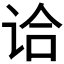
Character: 𰵣